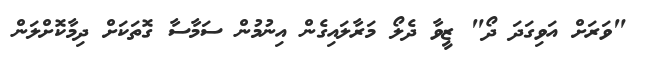
"ވަރަށް އަވިގަދަ ދޯ" ޒީވާ ދެލޯ މަރާލައިގެން އިނުމުން ސަމާސާ ގޮތަކަށް ދިމާކޮށްލަން